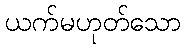
ယက်မဟုတ်သော